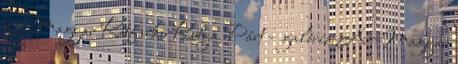
a Magyar Kétfarkú Kutya Párt – galéria A Magyar